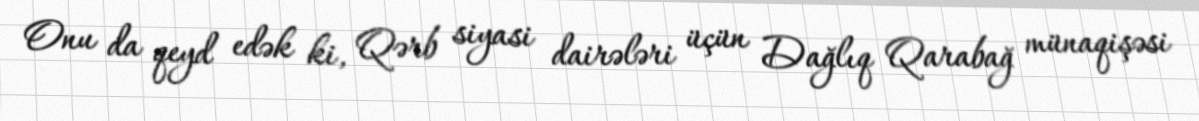
Onu da qeyd edək ki, Qərb siyasi dairələri üçün Dağlıq Qarabağ münaqişəsi